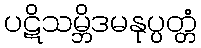
ပဋိသမ္ဘိဒမနုပ္ပတ္တံ